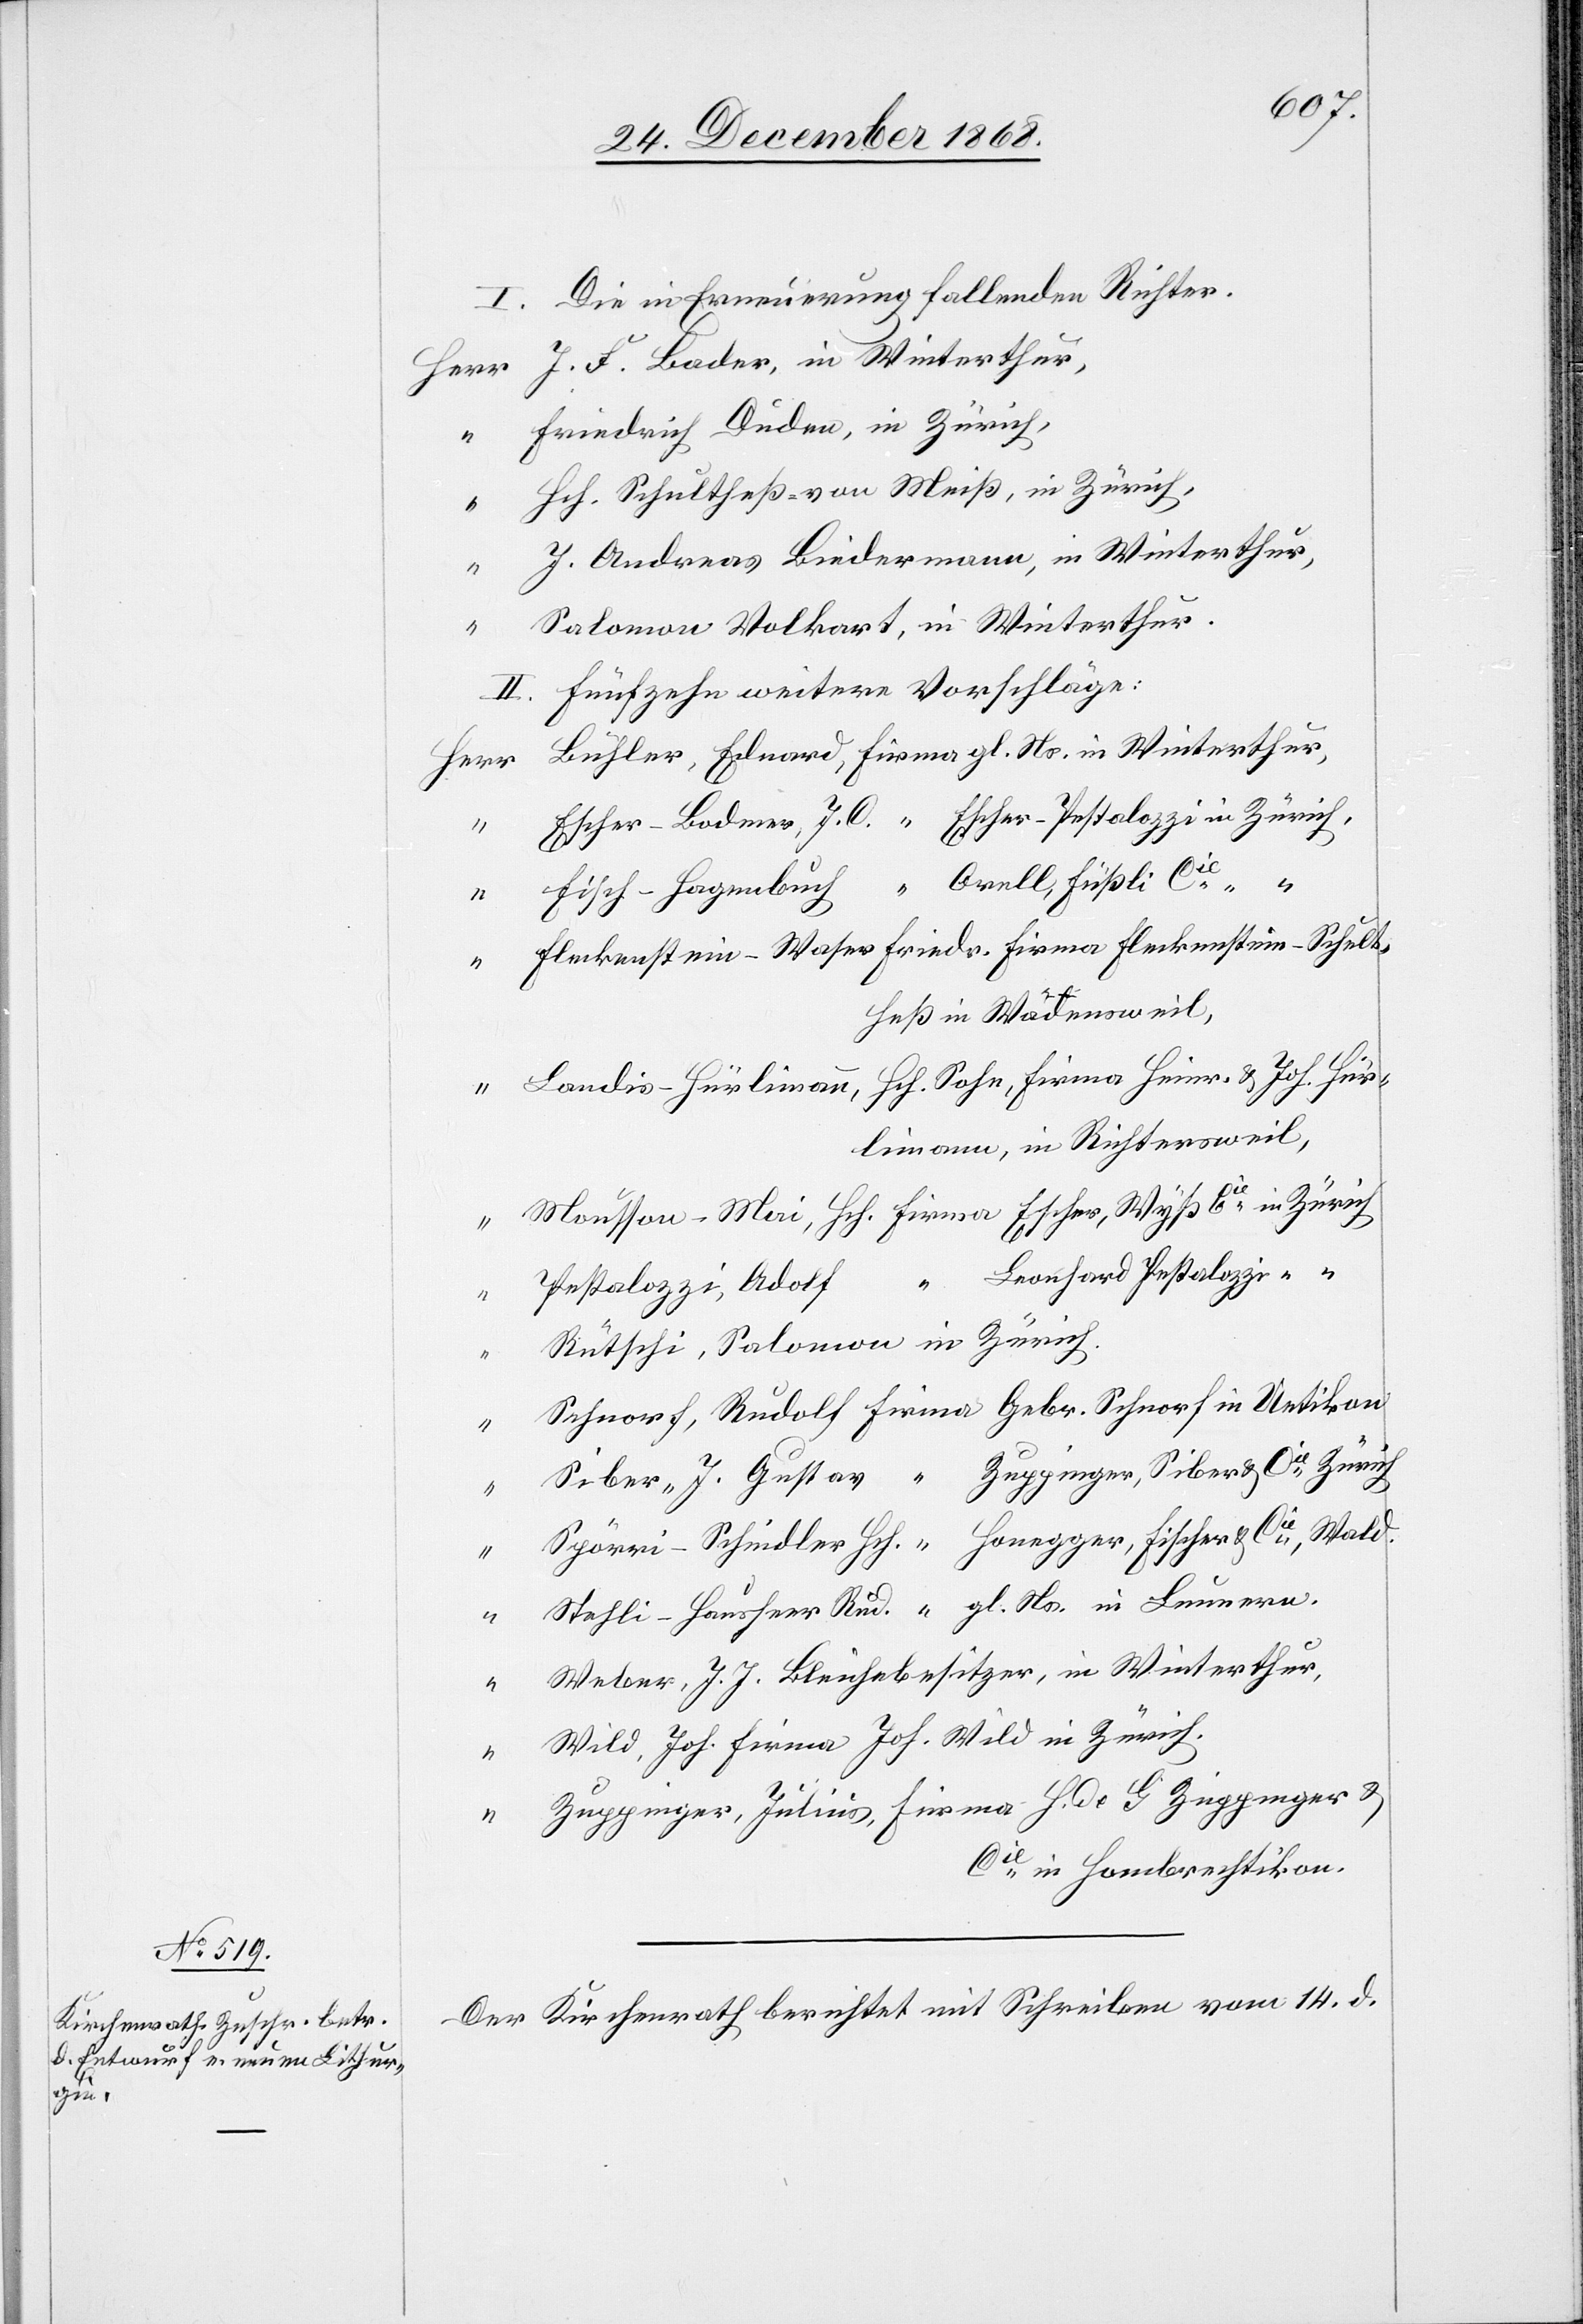
I. Die in Erneuerung fallenden Richter.
J. F. Bader, in Winterthur,
Friedrich Duden, in Zürich,
“
Hch. Schultheß-von Meiß, in Zürich,
J. Andreas Biedermann, in Winterthur,
“
Salomon Volkart, in Winterthur.
II. Fünfzehn weitere Vorschläge:
Bühler, Eduard, Firma gl. Ns. in Winterthur,
Escher-Bodmer, J. C. [Firma] Escher-Pestalozzi in Zürich,
“ Orell, Füßli [&]
Fisch-Hagenbuch
Fleckenstein-Waser Friedr. Firma Fleckenstein-Schult¬
heß in Wädensweil,
Landis-Hürlimann, Hch. Sohn, Firma Heinr. & Joh. Hür¬
limann, in Richtersweil,
Mousson-Mai, Hch. Firma Escher, Wyß [&] Cie in Zürich
Pestalozzi, Adolf “ Leonhard Pestalozzi “
Rütschi, Salomon in Zürich.
Schnorf, Rudolf Firma Gebr. Schnorf in Uetikon
“
Zuppinger, Siber & Cie Zürich
Siber, J. Gustav “
“
Spörri-Schindler Hch. [Firma] Honegger, Fischer & Cie, Wald.
Stehli-Hausheer Rud. “ gl. Ns. in Lunnern.
“
“
Weber, J. J. Bleichebesitzer, in Winterthur,
Wild, Joh. Firma Joh. Wild in Zürich.
Zuppinger, Julius, Firma H. de G Zuppinger &
Cie in Hombrechtikon.
Der Kirchenrath berichtet mit Schreiben vom 14. d.